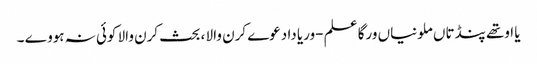
یا اوتھے پنڈتاں ملونیاں ورگا علم -وریا دا دعوے کرن والا ، بحث کرن والا کوئی نہ ہووے ۔